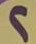
2